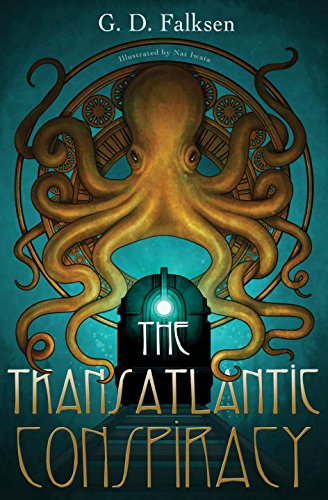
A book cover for The Transatlantic Conspiracy; G. D. Falksen; Teen & Young Adult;